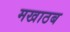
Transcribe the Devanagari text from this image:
मखाठब